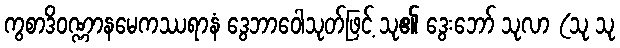
ကွစာဒိဝဏ္ဏာနမေကဿရာနံ ဒွေဘာဝေါသုတ်ဖြင့် သု၏ ဒွေးဘော် သုလာ (သု သု